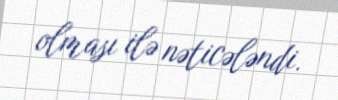
olması ilə nəticələndi.